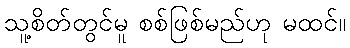
သူ့စိတ်တွင်မူ စစ်ဖြစ်မည်ဟု မထင်။